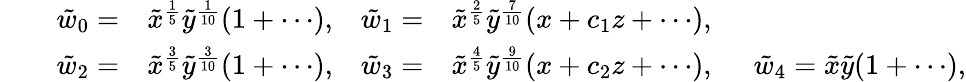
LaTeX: \begin{array}{rlrlrl}&{}&{\tilde{w}_{0}=}&{\tilde{x}^{\frac{1}{5}}\tilde{y}^{\frac{1}{10}}(1+\cdots),}&{\tilde{w}_{1}=}&{\tilde{x}^{\frac{2}{5}}\tilde{y}^{\frac{7}{10}}(x+c_{1}z+\cdots),}\\ &{}&{\tilde{w}_{2}=}&{\tilde{x}^{\frac{3}{5}}\tilde{y}^{\frac{3}{10}}(1+\cdots),}&{\tilde{w}_{3}=}&{\tilde{x}^{\frac{4}{5}}\tilde{y}^{\frac{9}{10}}(x+c_{2}z+\cdots),\, \, \, \, \, \, \, \, \tilde{w}_{4}=\tilde{x}\tilde{y}(1+\cdots),}\end{array}